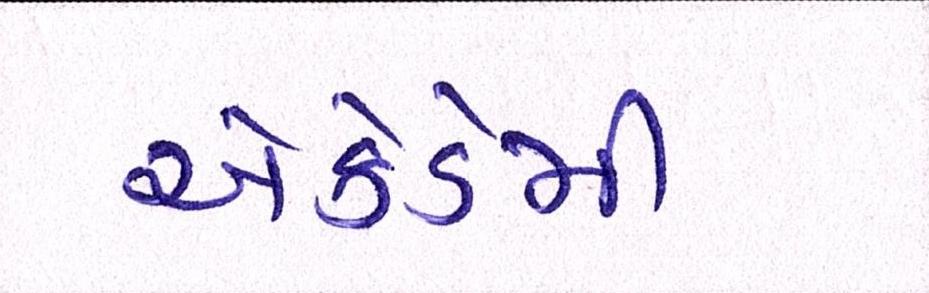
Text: એકેડેમી